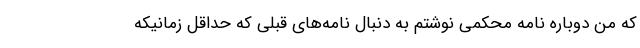
که من دوباره نامه محکمی نوشتم به دنبال نامه‌های قبلی که حداقل زمانیکه